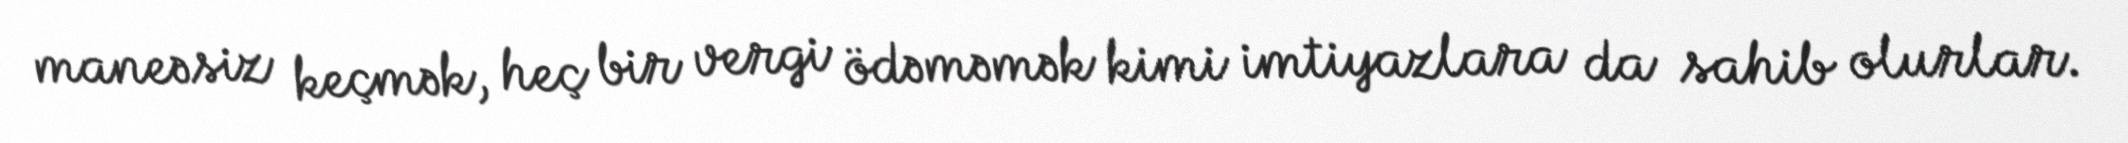
maneəsiz keçmək, heç bir vergi ödəməmək kimi imtiyazlara da sahib olurlar.